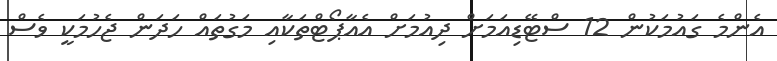
އެންމެ ގައުމަކުން 12 ސްޓޭޑިއަމަށް ދިއުމަށް އެއާޕޯޓްތަކާއި މަގުތައް ހަދަން ޖެހުމަކީ ވެސް